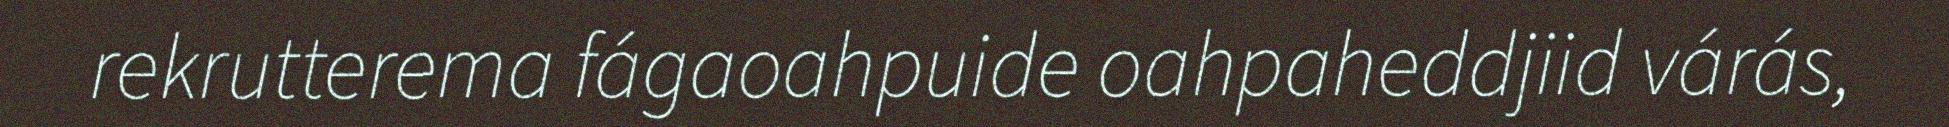
rekrutterema fágaoahpuide oahpaheddjiid várás,